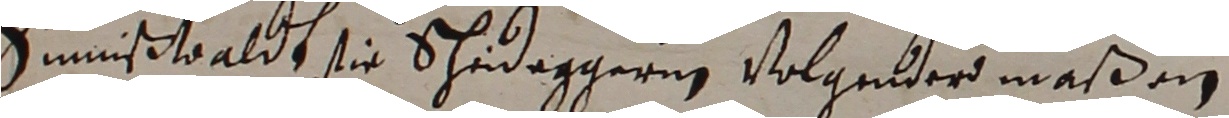
Siniswaldt sie Schedeggeren volgender maßen